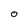
Character: o